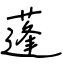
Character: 蓬